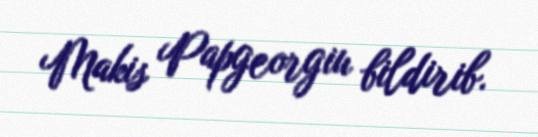
Makis Papgeorgiu bildirib.